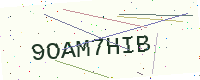
Text: 9OAM7HIB